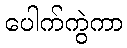
ပေါက်ကွဲကာ